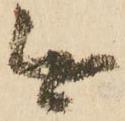
無